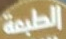
الطبعة